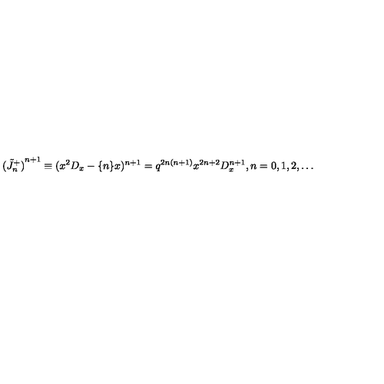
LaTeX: { ( \tilde { J } _ { n } ^ { + } ) } ^ { n + 1 } \equiv ( x ^ { 2 } D _ { x } - \{ n \} x ) ^ { n + 1 } = q ^ { 2 n ( n + 1 ) } x ^ { 2 n + 2 } D _ { x } ^ { n + 1 } , n = 0 , 1 , 2 , \ldots